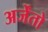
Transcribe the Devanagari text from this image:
अर्जेंतो